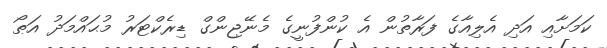
ކަމަށާއި އަދި އެލިއާގެ ފަރާތުން އެ ކުންފުނީގެ މެނޭޖިންގް ޑިރެކްޓަރު މުޙައްމަދު އަޠޯ